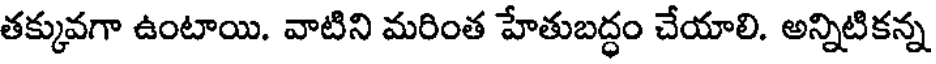
తక్కువగా ఉంటాయి. వాటిని మరింత హేతుబద్ధం చేయాలి. అన్నిటికన్న